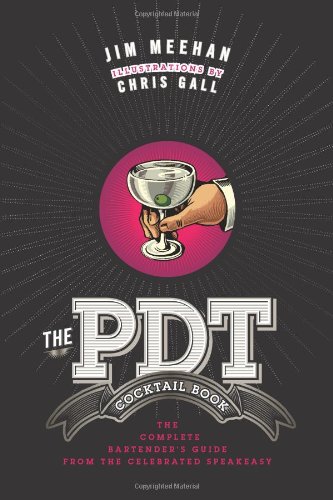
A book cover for The PDT Cocktail Book: The Complete Bartender's Guide from the Celebrated Speakeasy; Jim Meehan; Cookbooks, Food & Wine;